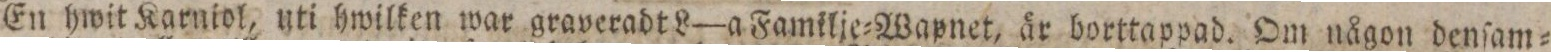
En hwit Karniol, uti hwilken war graveradt L—a Familje=Wapnet, år borttappad. Om någon denſam=